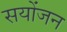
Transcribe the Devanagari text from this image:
सयोंजन